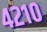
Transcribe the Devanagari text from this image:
४२१०